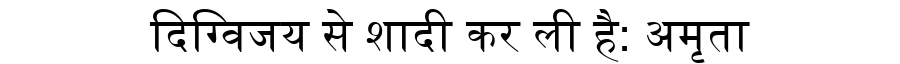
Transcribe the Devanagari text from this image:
दिग्विजय से शादी कर ली है: अमृता